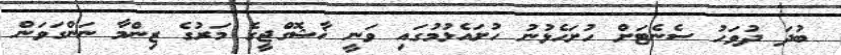
ބުދަ ދުވަހު ސެނެޓަށް ހުށަހެޅުނު ހުށައެޅުމުގައި ވަނީ ޚާޝޮގްޖީގެ މަރުގެ ޒިންމާ ނަންގަވަން